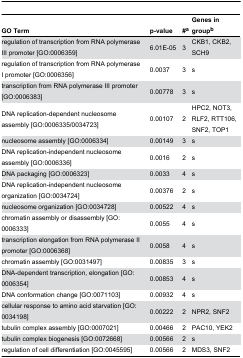
| GO Term | p-value | #a | Genes in groupb |
 | --- | --- | --- | --- |
 | regulation of transcription from RNA polymerase III promoter [GO:0006359] | 6.01E-05 | 3 | CKB1, CKB2, SCH9 |
 | regulation of transcription from RNA polymerase I promoter [GO:0006356] | 0.0037 | 3 | s |
 | transcription from RNA polymerase III promoter [GO:0006383] | 0.00778 | 3 | s |
 | DNA replication-dependent nucleosome assembly [GO:0006335/0034723] | 0.00107 | 2 | HPC2, NOT3, RLF2, RTT106, SNF2, TOP1 |
 | nucleosome assembly [GO:0006334] | 0.00149 | 3 | s |
 | DNA replication-independent nucleosome assembly [GO:0006336] | 0.0016 | 2 | s |
 | DNA packaging [GO:0006323] | 0.0033 | 4 | s |
 | DNA replication-independent nucleosome organization [GO:0034724] | 0.00376 | 2 | s |
 | nucleosome organization [GO:0034728] | 0.00522 | 4 | s |
 | chromatin assembly or disassembly [GO:0006333] | 0.0055 | 4 | s |
 | transcription elongation from RNA polymerase II promoter [GO:0006368] | 0.0058 | 4 | s |
 | chromatin assembly [GO:0031497] | 0.00835 | 3 | s |
 | DNA-dependent transcription, elongation [GO:0006354] | 0.00853 | 4 | s |
 | DNA conformation change [GO:0071103] | 0.00932 | 4 | s |
 | cellular response to amino acid starvation [GO:0034198] | 0.00222 | 2 | NPR2, SNF2 |
 | tubulin complex assembly [GO:0007021] | 0.00466 | 2 | PAC10, YEK2 |
 | tubulin complex biogenesis [GO:0072668] | 0.00566 | 2 | s |
 | regulation of cell differentiation [GO:0045595] | 0.00566 | 2 | MDS3, SNF2 |